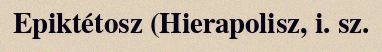
Epiktétosz (Hierapolisz, i. sz.